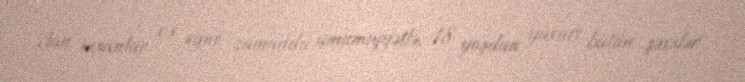
olan insanlar və eyni zamanda ümumiyyətlə, 18 yaşdan yuxarı bütün şəxslər